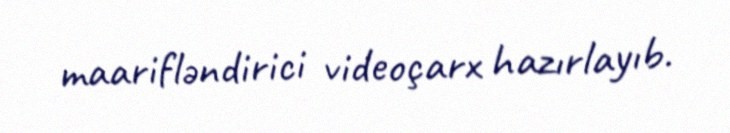
maarifləndirici videoçarx hazırlayıb.